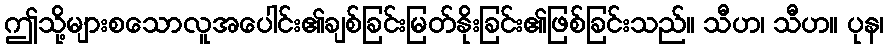
ဤသို့များစသောလူအပေါင်း၏ချစ်ခြင်းမြတ်နိုးခြင်း၏ဖြစ်ခြင်းသည်။ သီဟ၊ သီဟ။ ပုန၊